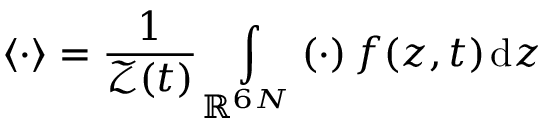
\left\langle { \cdot } \right\rangle = \frac { 1 } { \mathcal { Z } ( t ) } \int \displaylimits _ { \mathbb { R } ^ { 6 N } } \left( \cdot \right) f ( \boldsymbol { z } , t ) \; \! \mathrm { d } \boldsymbol { z }